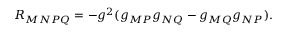
R _ { M N P Q } = - g ^ { 2 } ( g _ { M P } g _ { N Q } - g _ { M Q } g _ { N P } ) .